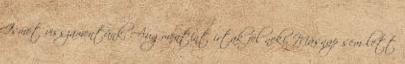
Ismét visszamentünk, Augmentint írtak fel neki. Másnap sem lett